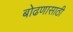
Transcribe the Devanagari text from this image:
बोढणासाठी